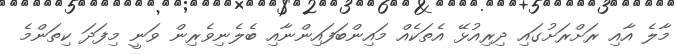
މާލެ އާއި ރަށްރަށުގައި ދިރިއުޅޭ އެތަކެއް މައިންބަފައިންނާއި ބެލެނިވެރިން ވަނީ މިފަދަ ކިތަންމެ